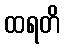
ထရတိ